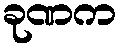
ခုဏက